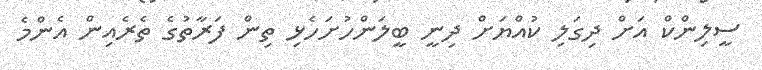
ސީލިންކް އަށް ދިގަލި ކުއްޔަށް ދިނީ ބީލަންހުށަހެޅި ތިން ފަރާތުގެ ތެރެއިން އެންމެ